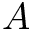
A